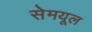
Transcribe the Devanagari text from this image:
सेमयूल